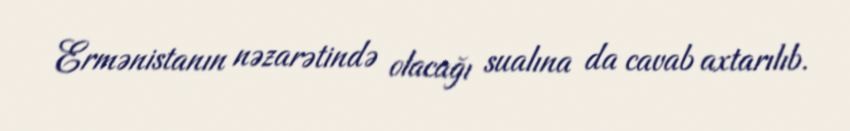
Ermənistanın nəzarətində olacağı sualına da cavab axtarılıb.